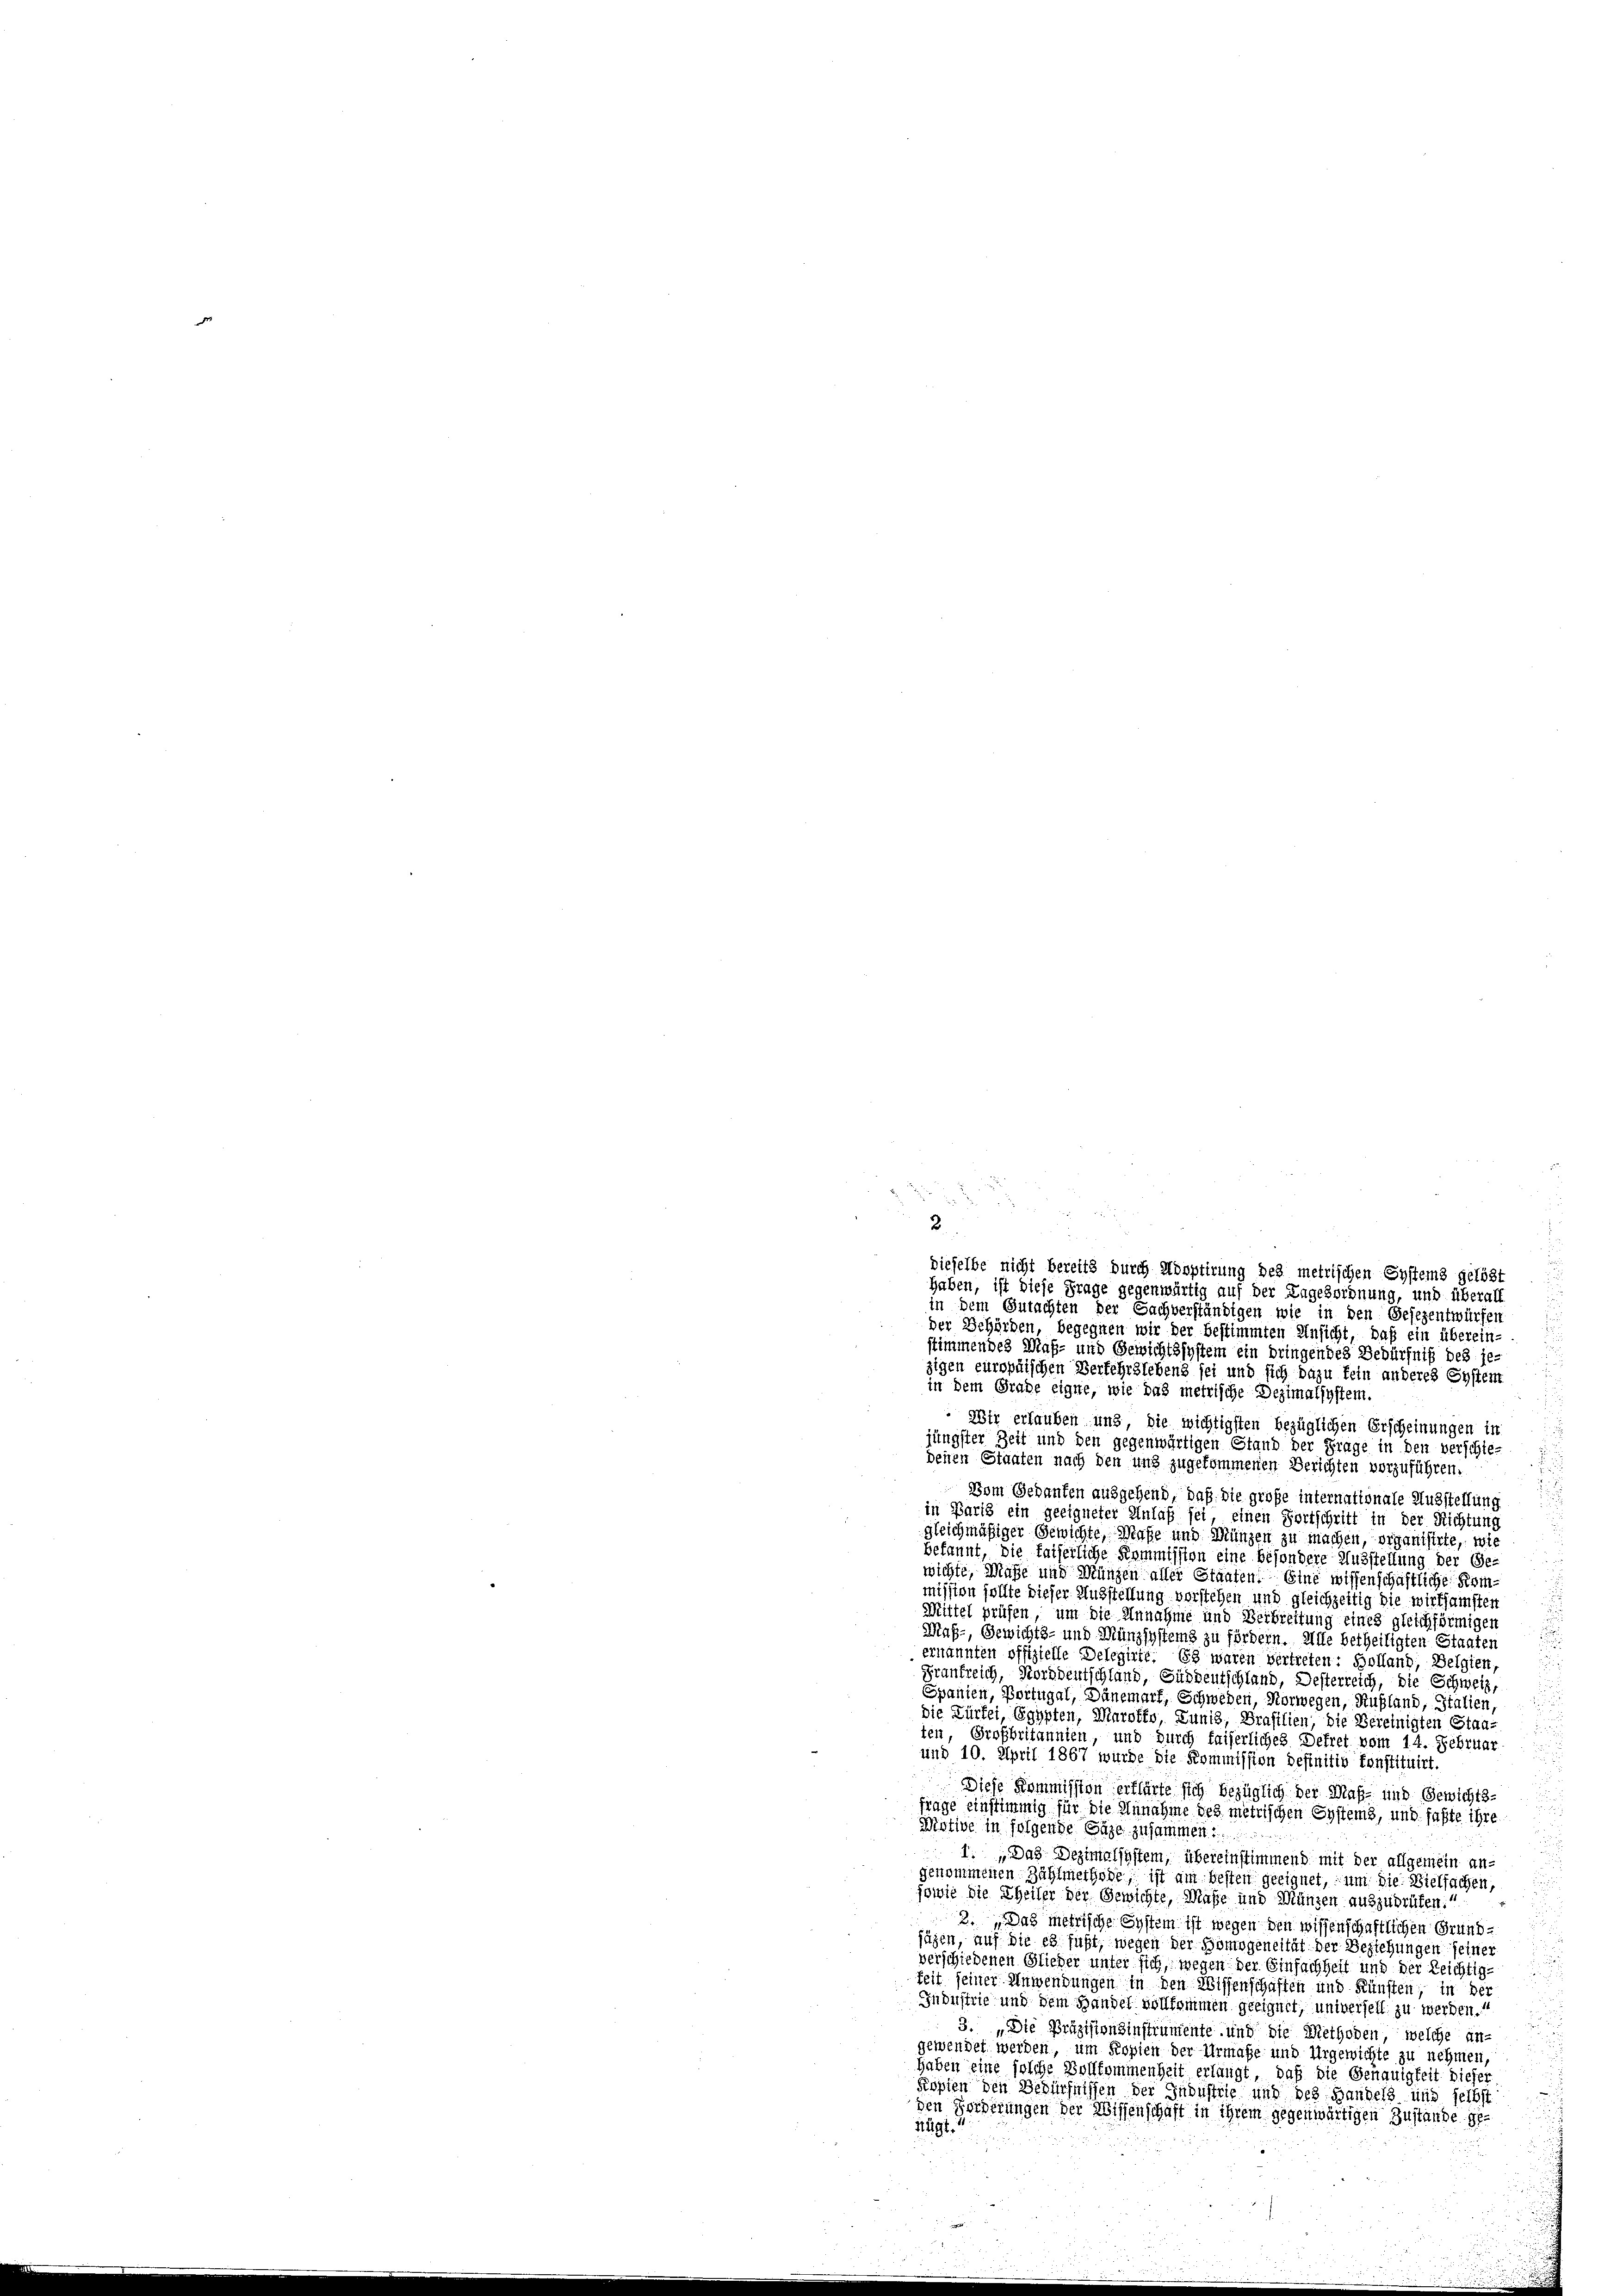
¬
24
2
dieselbe nicht bereits durch Hönptirung des metrischen Systems gelöst
haben, ist diese Frage gegenwärtig auf der Angebordnung, und überall

in dem Gutachten der Sachverständigen wie in den Gesezentwürfen
der Gehörden, begegnen wir der bestimmten Ansicht, daß ein überein-
stimmendes Maß- und Gewichtssystem ein bringendes Bedürfniß des je-
zigen europäischen Verfehrslebens sei und sich dazu fein anderes System
in dem Grade eigne, wie das metrische Dezimalsystem.
Wir erlauben und die wichtigsten bezüglichen Erscheinungen in
jüngster Zeit und den gegenwärtigen Stand der Frage in den verschie-
denen Staaten nach den und zugekommenen Berichten vorzuführen.
Vom Gedanken ausgehend, daß die große internationale Ausstellung
in Paris ein geeigneter Anlaß sei, einen Fortschritt in der Richtung
gleichmäßiger Gewichte, Maße und Münzen zu machen, organisirte, wie
bekannt, die faiserliche Kommission eine besondere Ausstellung der Ge-
wichte, Mühe und Münzen aller Staaten! Eine wissenschaftliche Kommission sollte dieser Ausstellung vorstehen und gleichzeitig die wirksamsten
Mittel prüfen, um die Annahme und Beibrettung eines gleichförmigen
Mas-, Gewichts- und Münzsystems zu fördern. Alle betheiligten Staaten
ernannten offizielle Delegirte. Es waren vertreten: Holland, Belgien,
Frankreich, Norddeutschland, Süddeutschland, Desterreich, die Schweiz,
Spanien, Portugal, Dänemark, Schweben, Vorwegen, Rußland, Italien,
die Kürfei, Egypten, Marotto, Lunis, Brasilien, die Bereinigten Staaten, Großbritannien, und durch faiserliches Defret vom 14. Februar
und 10. April 1867 wurde die Kommission definitiv konstituirt.
Diese Kommission erklärte sich bezüglich der Maß- und Gewichts-
frage einstimmig für die Annahme des metrischen Systems, und faßte ihre
Motive in folgende Säge zusammen.
1: „Das Dezimalsystem, übereinstimmend mit der allgemein ungenommenen Zählmethode, ist am besten geeignet, um die Vielfachen,
jowie die Theiler der Gewichte, Maße und Manzen auszudrüfen.
2. „Das metrische System ist wegen den wissenschaftlichen Grund-
jägen, auf die es fußt, wegen der Homogeneität der Beziehungen seiner
verschiedenen Glieder unter sich, wegen der Einfachheit und der Reichtig-
Zeit seiner Anwendungen in den Wissenschaften und Künsten; in der
Industrie und dem Handel vollkommen geeignet, universell zu werden.“
3. „Die Präzisionsinstrumente und die Methoden, welche an-
gewendet werden, um Kopien der Urmaße und Urgewichte zu nehmen,
haben eine solche Vollkommenheit erlangt, daß die Genauigkeit dieses
Kösten den Bedürfnissen der Industrie und des Handels und selbst
den Forderungen der Wissenschaft in ihrem gegenwärtigen Zustande gefügt.“